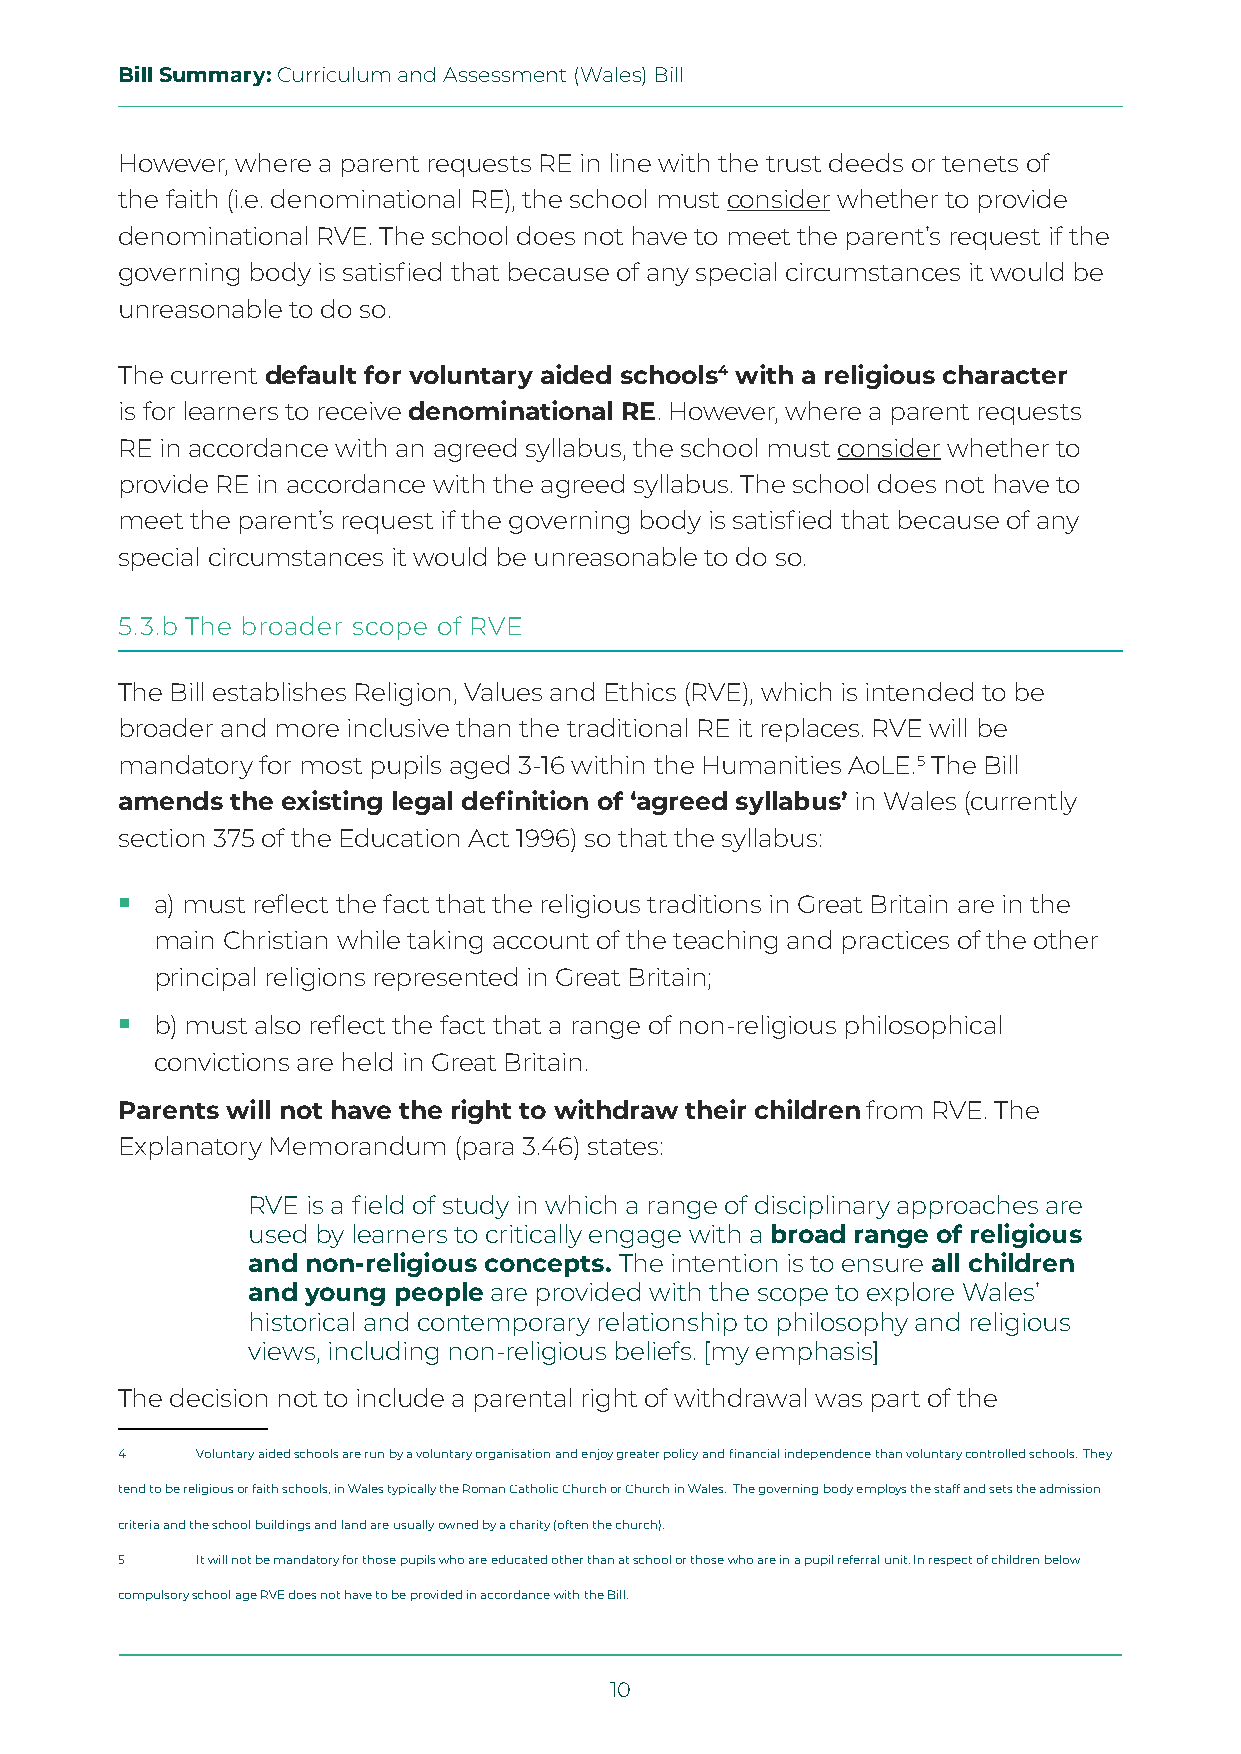
Bill Summary: Curriculum and Assessment (Wales) Bill
 However, where a parent requests RE in line with the trust deeds or tenets of
 the faith (i.e. denominational RE), the school must consider whether to provide
 denominational RVE. The school does not have to meet the parent’s request if the
 governing body is satisfied that because of any special circumstances it would be
 unreasonable to do so.
 The current default for voluntary aided schools4 with a religious character
 is for learners to receive denominational RE. However, where a parent requests
 RE in accordance with an agreed syllabus, the school must consider whether to
 provide RE in accordance with the agreed syllabus. The school does not have to
 meet the parent’s request if the governing body is satisfied that because of any
 special circumstances it would be unreasonable to do so.
 5.3.b The broader scope of RVE
 The Bill establishes Religion, Values and Ethics (RVE), which is intended to be
 broader and more inclusive than the traditional RE it replaces. RVE will be
 mandatory for most pupils aged 3-16 within the Humanities AoLE.5 The Bill
 amends the existing legal definition of ‘agreed syllabus’ in Wales (currently
 section 375 of the Education Act 1996) so that the syllabus:
  a) must reflect the fact that the religious traditions in Great Britain are in the
 main Christian while taking account of the teaching and practices of the other
 principal religions represented in Great Britain;
  b) must also reflect the fact that a range of non-religious philosophical
 convictions are held in Great Britain.
 Parents will not have the right to withdraw their children from RVE. The
 Explanatory Memorandum (para 3.46) states:
 RVE is a field of study in which a range of disciplinary approaches are
 used by learners to critically engage with a broad range of religious
 and non-religious concepts. The intention is to ensure all children
 and young people are provided with the scope to explore Wales’
 historical and contemporary relationship to philosophy and religious
 views, including non-religious beliefs. [my emphasis]
 The decision not to include a parental right of withdrawal was part of the
 4    Voluntary aided schools are run by a voluntary organisation and enjoy greater policy and financial independence than voluntary controlled schools. They
 tend to be religious or faith schools, in Wales typically the Roman Catholic Church or Church in Wales. The governing body employs the staff and sets the admission
 criteria and the school buildings and land are usually owned by a charity (often the church).
 5    It will not be mandatory for those pupils who are educated other than at school or those who are in a pupil referral unit. In respect of children below
 compulsory school age RVE does not have to be provided in accordance with the Bill.
 10